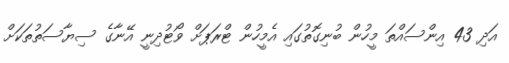
އަދި 43 އިންސައްތަ މީހުން ބުނިގޮތުގައި އެމީހުން ޓްރަޕަށް ވޯޓުދިނީ އޭނާގެ ސިޔާސަތުތަކަށް